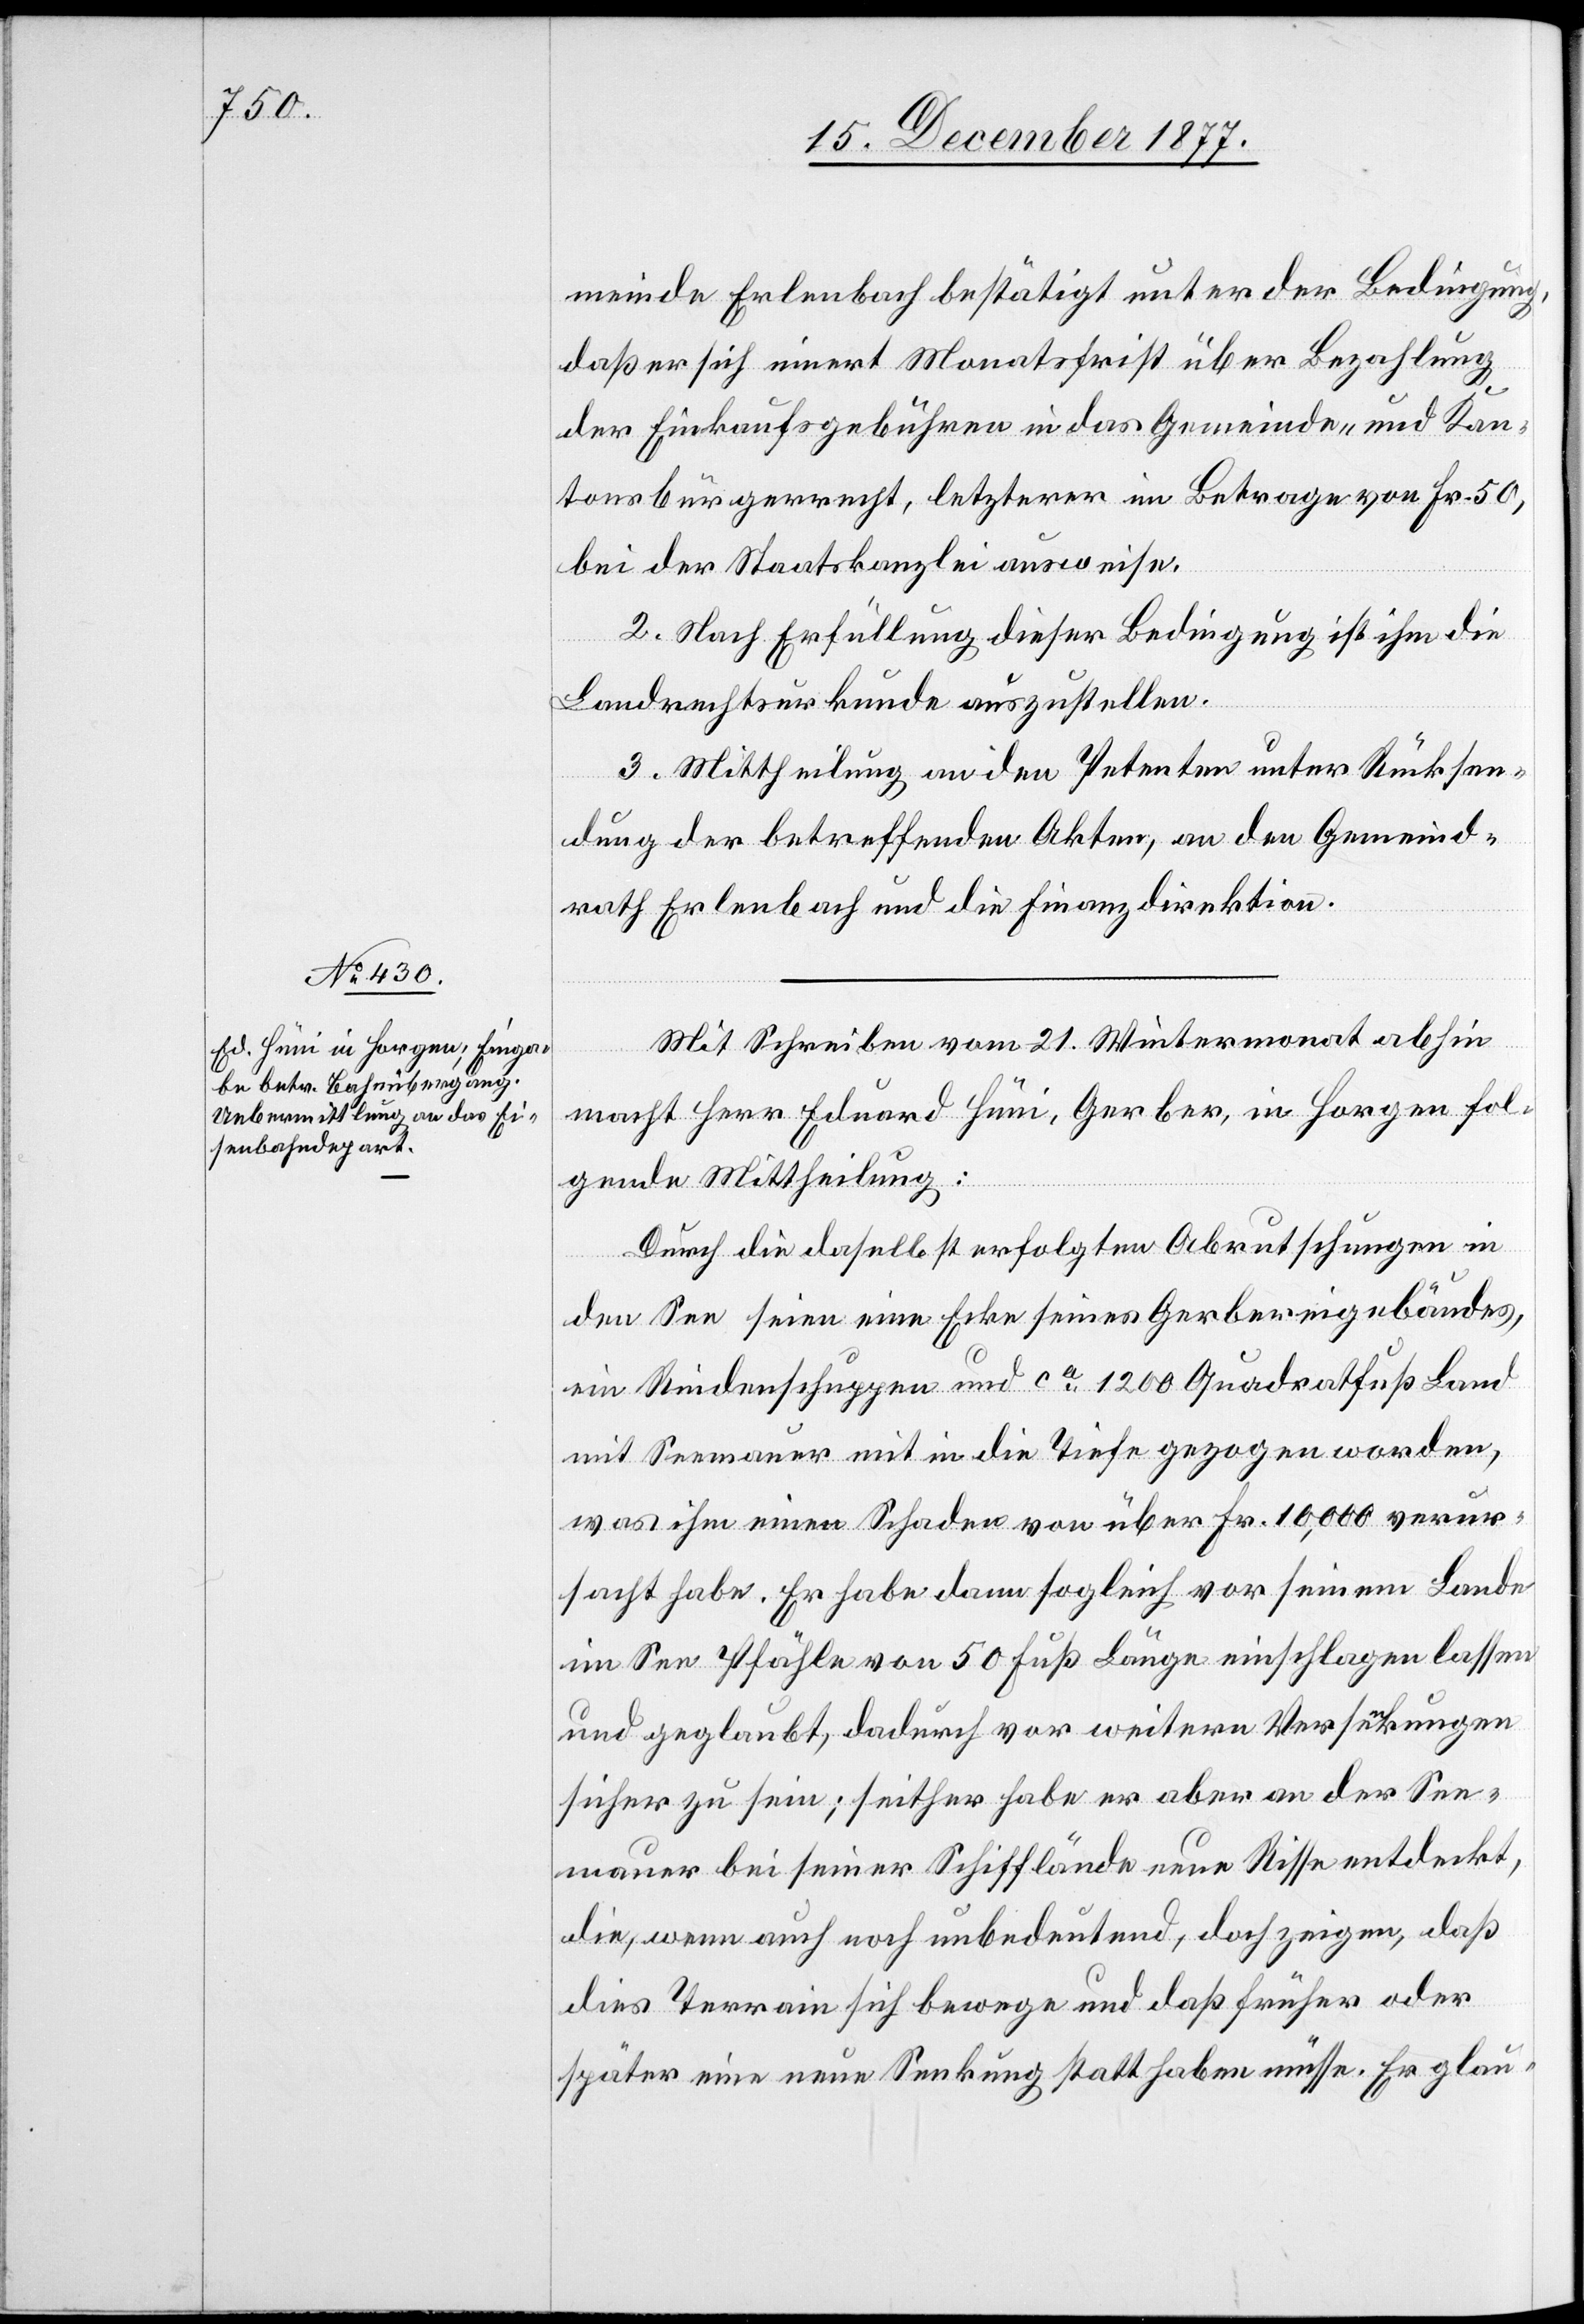
meinde Erlenbach bestätigt unter der Bedingung,
daß er sich innert Monatsfrist über Bezahlung
der Einkaufsgebühren in das Gemeinde- und Kan¬
tonsbürgerrecht, letzterer im Betrage von Fr. 50,
bei der Staatskanzlei ausweise.
2. Nach Erfüllung dieser Bedingung ist ihm die
Landrechtsurkunde auszustellen.
3. Mittheilung an den Petenten unter Rücksen¬
dung der betreffenden Akten, an den Gemeind¬
rath Erlenbach und die Finanzdirektion.
Mit Schreiben vom 21. Wintermonat abhin
macht Herr Eduard Hüni, Gerber, in Horgen fol¬
gende Mittheilung:
Durch die daselbst erfolgten Abrutschungen in
den See seien eine Ecke seines Gerbereigebäudes,
ein Rindenschuppen und ca 1200 Quadratfuß Land
mit Seemauer mit in die Tiefe gezogen worden,
was ihm einen Schaden von über Fr. 10,000 verur¬
sacht habe. Er habe dann sogleich vor seinem Lande
im See Pfähle von 50 Fuß Länge einschlagen lassen
und geglaubt, dadurch vor weitern Versenkungen
sicher zu sein; seither habe er aber an der See¬
mauer bei seiner Schifflände neue Risse entdeckt,
die, wenn auch noch unbedeutend, doch zeigen, daß
dies Terrain sich bewege und daß früher oder
später eine neue Senkung statt haben müsse. Er glau-